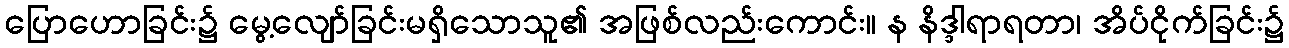
ပြောဟောခြင်း၌ မွေ့လျော်ခြင်းမရှိသောသူ၏ အဖြစ်လည်းကောင်း။ န နိဒ္ဒါရာရတာ၊ အိပ်ငိုက်ခြင်း၌